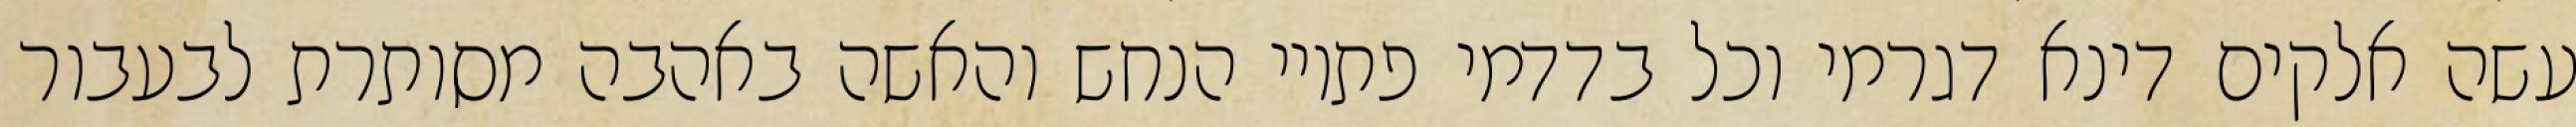
עשה אלקים דינא דגרמי וכל בדדמי פתויי הנחש והאשה באהבה מסותרת לבעבור